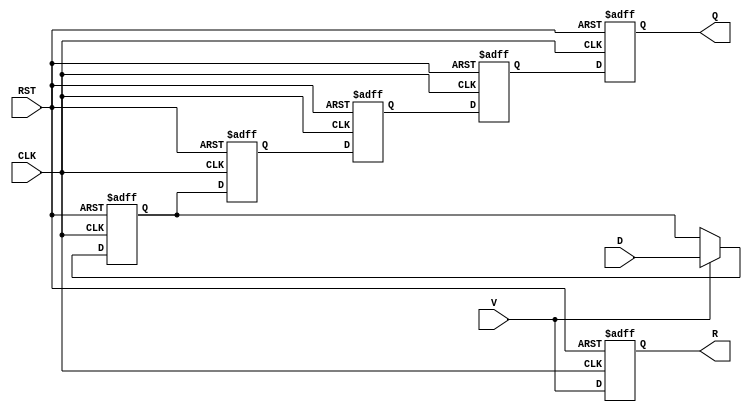
module PipelineBuffer #(
    parameter STAGES = 4, // Number of stages in the pipeline
    parameter DATA_WIDTH = 8 // Width of the data input
)(
    input wire [DATA_WIDTH-1:0] D,    // Data Input
    input wire CLK,                    // Clock
    input wire RST,                    // Reset
    input wire V,                      // Valid input signal
    output reg [DATA_WIDTH-1:0] Q,     // Data Output
    output reg R                       // Ready output signal
);

    // Internal register array for the pipeline stages
    reg [DATA_WIDTH-1:0] buffer [0:STAGES-1];

    integer i;

    // Asynchronous reset and data latching on clock edge
    always @(posedge CLK or posedge RST) begin
        if (RST) begin
            // Clear all pipeline stages on reset
            for (i = 0; i < STAGES; i = i + 1) begin
                buffer[i] <= 0;
            end
            Q <= 0;
            R <= 0;
        end else begin
            // Shift data through the pipeline
            if (V) begin
                buffer[0] <= D; // Latch new data into the first stage
            end
            
            // Shift data from one stage to the next
            for (i = 1; i < STAGES; i = i + 1) begin
                buffer[i] <= buffer[i-1];
            end
            
            // Update output and ready signal
            Q <= buffer[STAGES-1]; // Output from the last stage
            R <= V; // Ready signal can be asserted if input is valid
        end
    end

endmodule